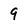
Character: 9